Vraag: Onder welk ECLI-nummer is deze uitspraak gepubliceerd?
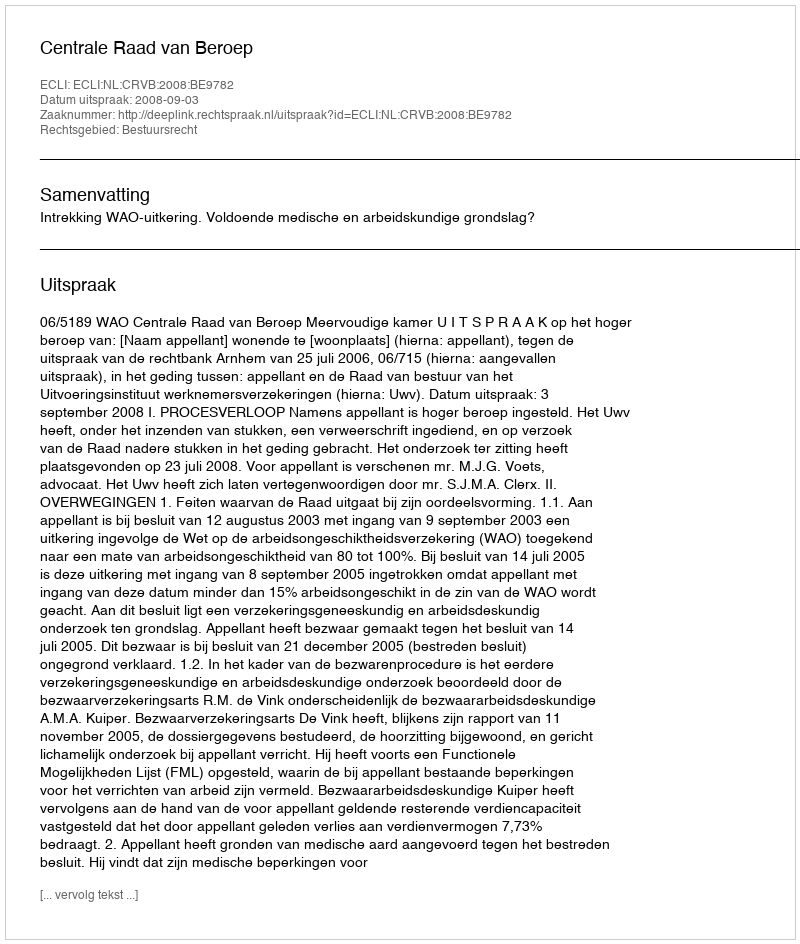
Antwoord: ECLI:NL:CRVB:2008:BE9782